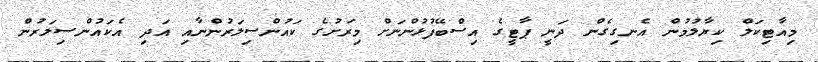
މިއާޓިކަލް ކިޔާލުމުން އެނގިގެން ދަނީ ޕާޓީގެ އިސްބޭފުޅުންނަށް މިރަށުގެ ކައުންސިލަރުންނާއި އަދި އެކައުންސިލަރުން